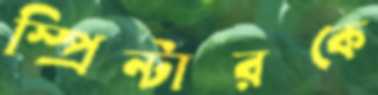
স্প্রিন্টারকে